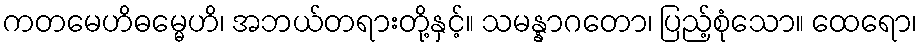
ကတမေဟိဓမ္မေဟိ၊ အဘယ်တရားတို့နှင့်။ သမန္နာဂတော၊ ပြည့်စုံသော။ ထေရော၊